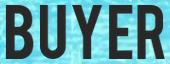
BUYER